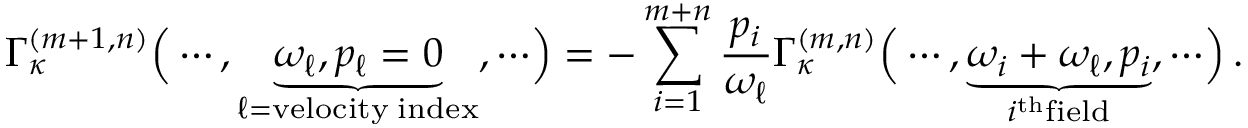
\Gamma _ { \kappa } ^ { ( m + 1 , n ) } \Bigr ( \cdots , \underbrace { \omega _ { \ell } , p _ { \ell } = 0 } _ { \ell = \mathrm { v e l o c i t y \; i n d e x } } , \cdots \Bigr ) = - \sum _ { i = 1 } ^ { m + n } \frac { p _ { i } } { \omega _ { \ell } } \Gamma _ { \kappa } ^ { ( m , n ) } \Bigr ( \cdots , \underbrace { \omega _ { i } + \omega _ { \ell } , p _ { i } } _ { i ^ { \mathrm { t h } } \mathrm { f i e l d } } , \cdots \Bigr ) \, .